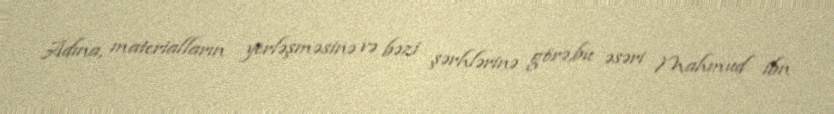
Adına, materialların yerləşməsinə və bəzi şərhlərinə görə,bu əsəri Mahmud ibn